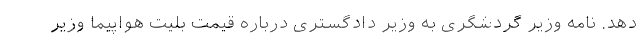
دهد. نامه وزیر گردشگری به وزیر دادگستری درباره قیمت بلیت هواپیما وزیر